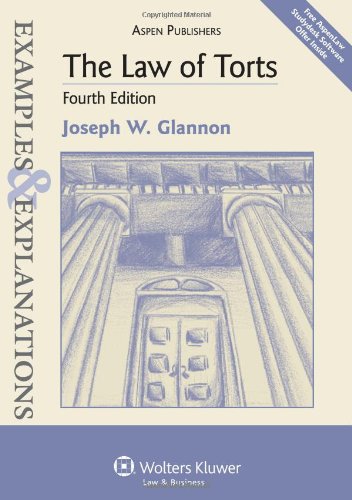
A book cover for The Law of Torts: Examples & Explanations, 4th Edition; Joseph W. Glannon; Law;